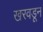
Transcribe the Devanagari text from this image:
खरवडून